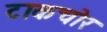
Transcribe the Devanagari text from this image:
टाकचोर